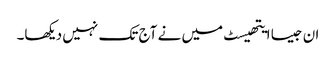
ان جیسا ایتھیسٹ میں نے آج تک نہیں دیکھا۔